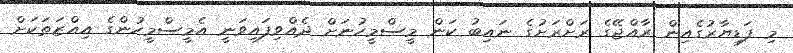
މި ފަޑިޔާރުގެއިން ރާއްޖޭގެ ރަށްރަށުގެ ނައިބު ކަން މީސްމީހުނަށް ދެއްވިފައިވަނީ އެމީސްމީހުންގެ އިއްޒަތަކަށް